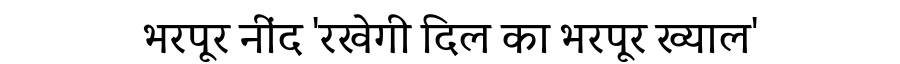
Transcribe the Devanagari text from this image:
भरपूर नींद 'रखेगी दिल का भरपूर ख्याल'